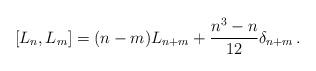
LaTeX: \begin{align*}[L_n,L_m]=(n-m)L_{n+m}+\frac{n^3-n}{12}\delta_{n+m} \,.\end{align*}